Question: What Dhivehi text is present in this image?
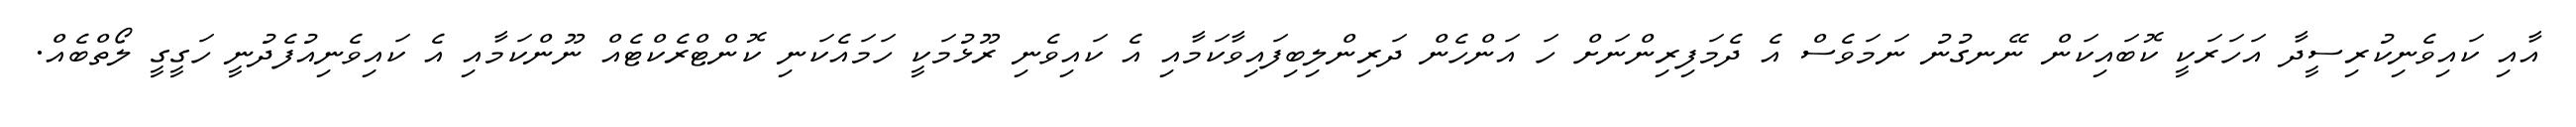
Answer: އާއި ކައިވެނިކުރިސީދާ އަހަރަކީ ކޮބައިކަން ނޭނގުނު ނަމަވެސް އެ ދެމަފިރިންނަށް ހަ އަންހެން ދަރިންލިބިފައިވާކަމާއި އެ ކައިވެނި ރޫޅުމަކީ ހަމައެކަނި ކޮންޓްރެކްޓެއް ނޫންކަމާއި އެ ކައިވެނިއުފެދުނީ ހަގީގީ ލޯތްބެއް.